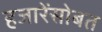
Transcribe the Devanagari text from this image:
हजारेंसोबत